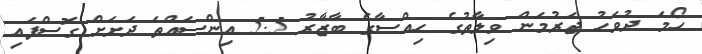
ހޯމަ ދުވަހު ޖަރުމަން ވިލާތުގެ ހިއްސާގެ ބާޒާރު 5.5 އިންސައްތަ ދަށަށް ގޮސްފައި